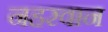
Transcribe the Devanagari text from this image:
नहरवान